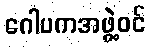
ဂေါပကအဖွဲ့ဝင်